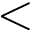
<